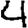
Digit: 4